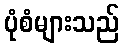
ပုံစံများသည်